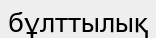
бұлттылық